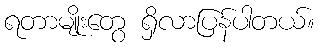
ရတာမျိုးတွေ ရှိလာပြန်ပါတယ်။